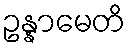
ဥန္နာမေတိ